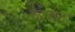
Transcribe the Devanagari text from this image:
श्यकता